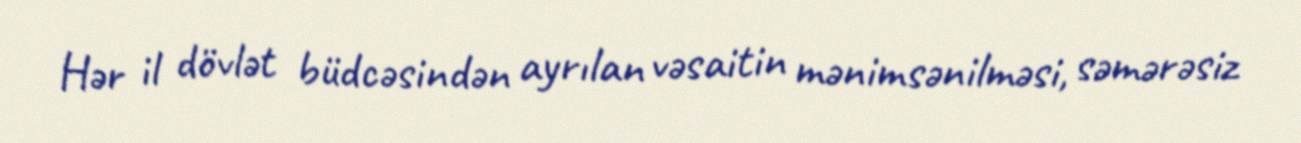
Hər il dövlət büdcəsindən ayrılan vəsaitin mənimsənilməsi, səmərəsiz